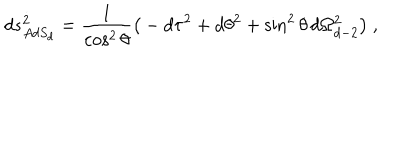
d s _ { A d S _ { d } } ^ { 2 } = { \frac { 1 } { \cos ^ { 2 } \theta } } \big ( - d \tau ^ { 2 } + d \theta ^ { 2 } + \sin ^ { 2 } \theta \, d \Omega _ { d - 2 } ^ { 2 } \big ) \ ,